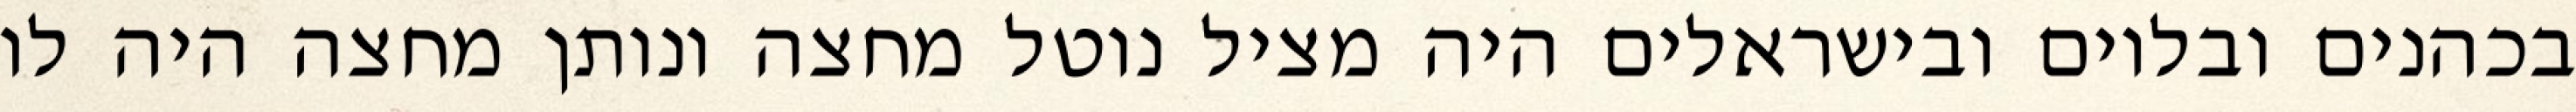
בכהנים ובלוים ובישראלים היה מציל נוטל מחצה ונותן מחצה היה לו